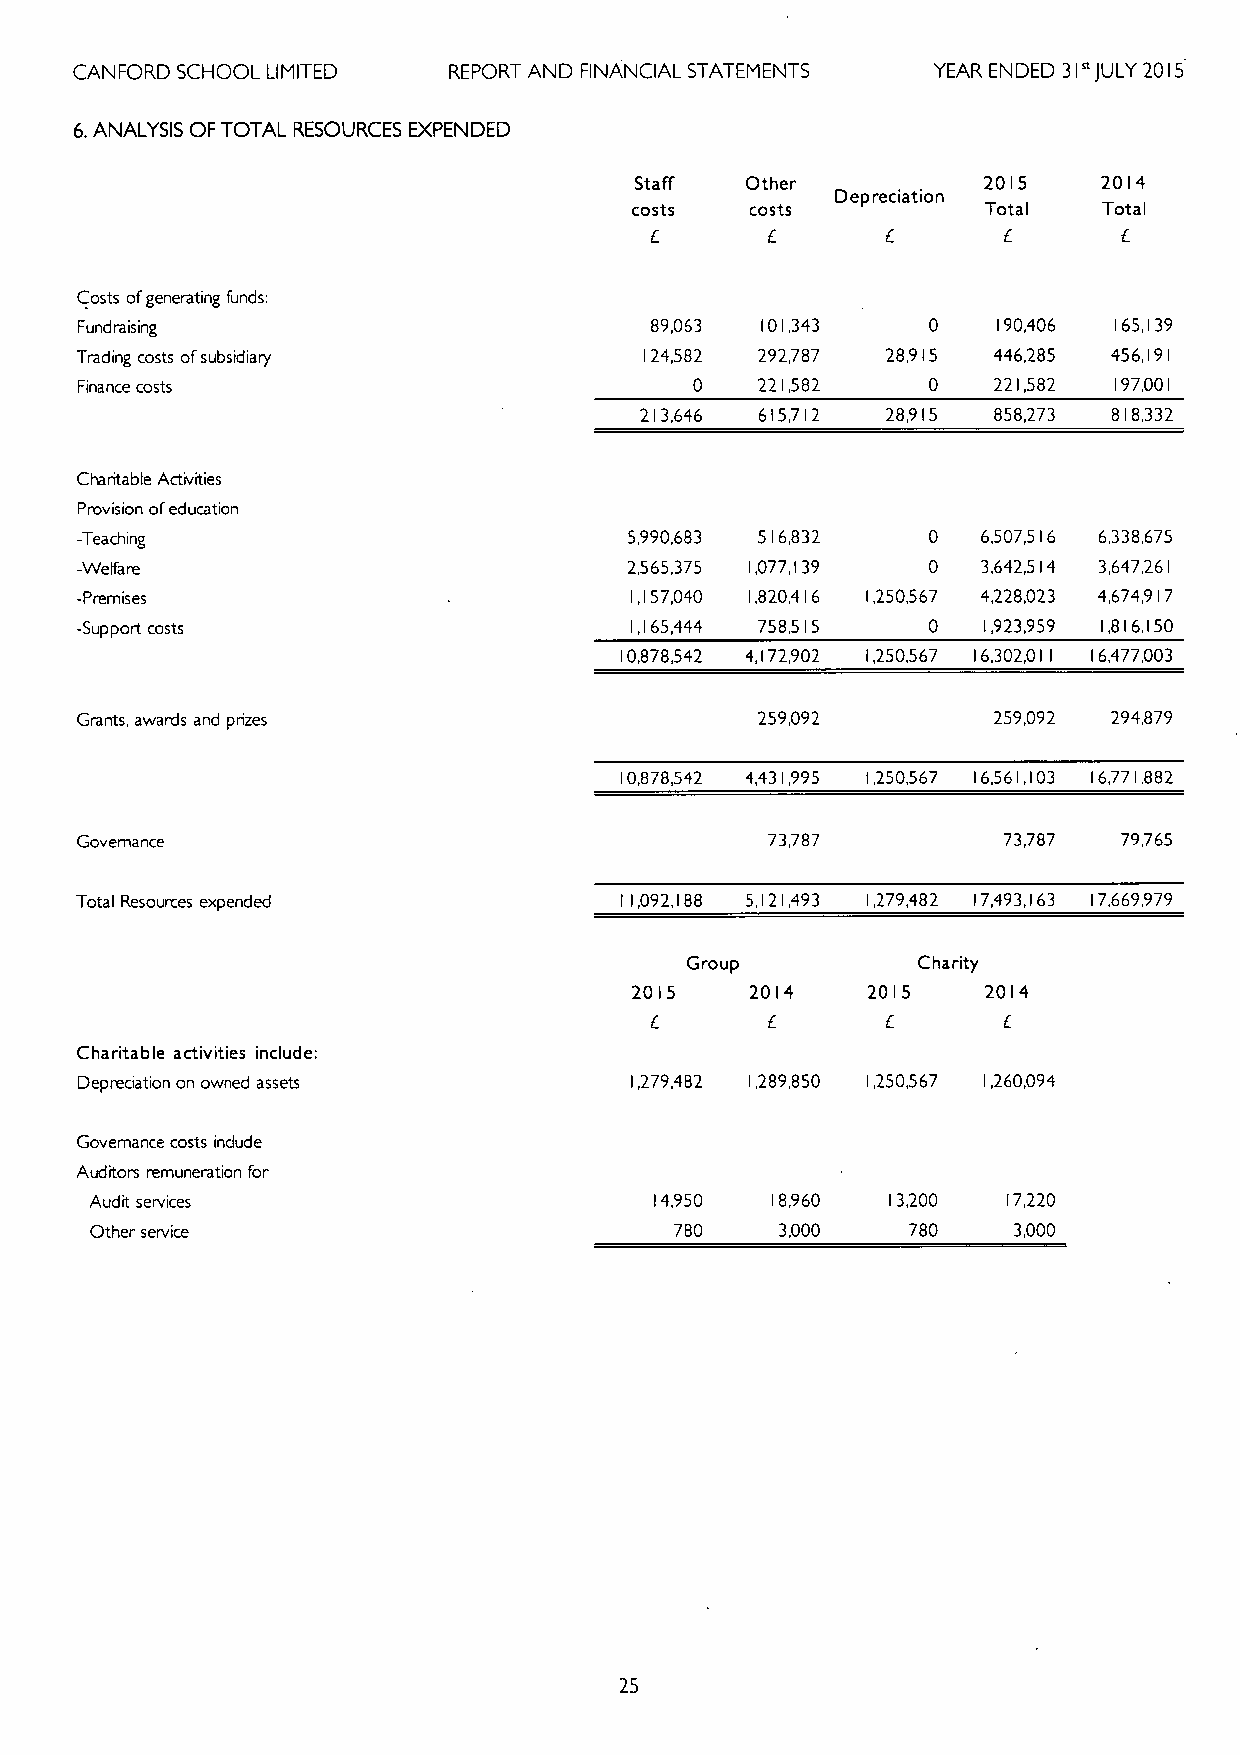
CANFORD SCHOOL LIMITED   REPORT AND FINANCIAL STATEMENTS YEAR ENDED 31 JULY 2015
 6.ANALYSIS OFTOTAL RESOURCES EXPENDED
 Staff  Other           2015    2014
 Depreciation
 costs   costs          Total   Total
 F
 Costs of'generating funds:
 Fundraising                           89,063 101,343     0   190,406 165,139
 Trading costs ofsubsidiary            124,582 292,787 28,915 446,285 456,191
 Finance costs                            0   221,582     0   221,582 197,001
 213,646 615,712  28,915 858,273 818,332
 Charitable Activities
 Provision ofeducation
 -Teaching                            5,990,683 516,832  0   6,507,516 6,338,675
 -Welfare                             2,565,375 1,077,139 0  3,642,514 3,647,26
 I
 -Premises                            1,157,040 1,820,416 1,250,567 4,228,023 4,674,9 I7
 -Support costs                       1,165,444 758,515  0   1,923,959 1,816,150
 10,878,542 4,172,902 1,250,567 16,302,011 16,477,003
 Grants, awards and prizes                    259,092         259,092 294,879
 10,878,542 4,431,995 1,250,567 16,561,103 16,771,882
 Governance                                    73,787         73,787  79,765
 Total Resources expended            11,092,188 5,121,493 1,279,482 17,493,163 17,669,979
 Group           Charity
 2015    2014   2015    2014
 Charitable activities include:
 Depreciation on owned assets         1,279,482 1,289,850 1,250,567 1,260,094
 Governance costs indude
 Auditors remuneration for
 Audit services                       14,950  18,960  13,200  17,220
 Other service                          780    3,000   780    3,000
 25